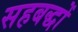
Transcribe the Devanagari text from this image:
सहबद्धों